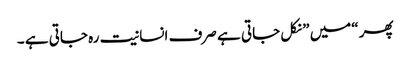
پھر “میں ” نکل جاتی ہے صرف انسانیت رہ جاتی ہے ۔